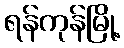
ရန်ကုန်မြို့